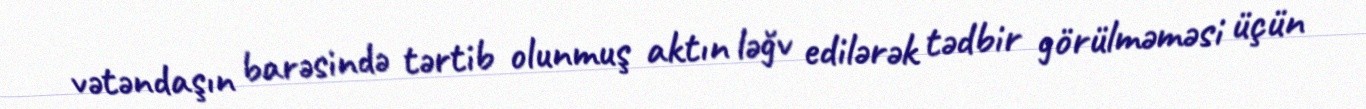
vətəndaşın barəsində tərtib olunmuş aktın ləğv edilərək tədbir görülməməsi üçün